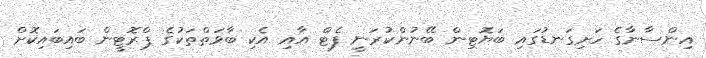
އިންސާނާގެ ހަށިގަނޑުގައި ބަޔޮޓިން ބޭނުންކުރަނީ ފެޓް އާއި އެކި ބާވަތްތަކުގެ ޕްރޮޓީން ބައިބައިކޮށް